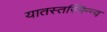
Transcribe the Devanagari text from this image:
यातस्तस्मिन्न्व